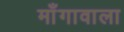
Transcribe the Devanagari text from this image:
माँगावाला